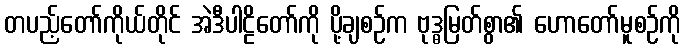
တပည့်တော်ကိုယ်တိုင် အဲဒီပါဠိတော်ကို ပို့ချစဉ်က ဗုဒ္ဓမြတ်စွာ၏ ဟောတော်မူစဉ်ကို